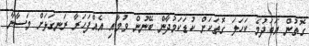
ގޮތުން އަބަދުމެ ކަހަލަ ގޮތަކަށް ކުޑަކަމުދާން ބޭނުން ވުމާއި އެއްފަހަރާ ރަނގަޅަށް މަސާނާ